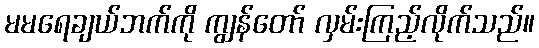
မမရေချယ်ဘက်ကို ကျွန်တော် လှမ်းကြည့်လိုက်သည်။